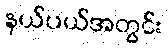
နယ်ပယ်အတွင်း